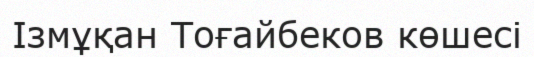
Ізмұқан Тоғайбеков көшесі